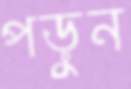
পড়ুন